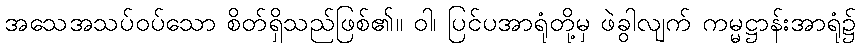
အသေအသပ်ဝပ်သော စိတ်ရှိသည်ဖြစ်၏။ ဝါ၊ ပြင်ပအာရုံတို့မှ ဖဲခွါလျက် ကမ္မဋ္ဌာန်းအာရုံ၌